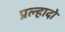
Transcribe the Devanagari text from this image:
प्रल्हादो